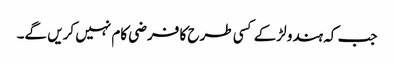
جب کہ ہندو لڑکے کسی طرح کا فرضی کام نہیں کریں گے۔